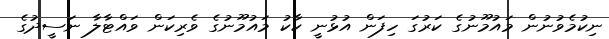
ނިކުމެވުނުން މައުމޫނުގެ ކަރުގަ ހިފަން އުޅުނީ ކާކު މައުމޫނުގެ ވެރިކަން ވައްޓާލާ ނަސީދުގެ